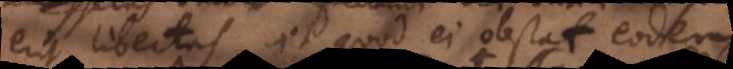
erit libertas, et quod ei obstat eodem